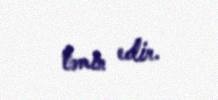
təmin edir.